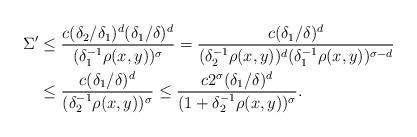
LaTeX: \begin{align*}\Sigma' &\le \frac{c(\delta_2/\delta_1)^d(\delta_1/\delta)^d}{(\delta_1^{-1}\rho(x,y))^\sigma}= \frac{c(\delta_1/\delta)^d}{(\delta_2^{-1}\rho(x,y))^d(\delta_1^{-1}\rho(x,y))^{\sigma-d}}\\&\le \frac{c(\delta_1/\delta)^d}{(\delta_2^{-1}\rho(x,y))^\sigma}\le \frac{c2^\sigma(\delta_1/\delta)^d}{(1+\delta_2^{-1}\rho(x,y))^\sigma}.\end{align*}